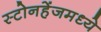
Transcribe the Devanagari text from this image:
स्टोनहेंजमध्ये